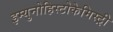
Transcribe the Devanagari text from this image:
इम्युनोहिस्टोकेमिस्ट्री